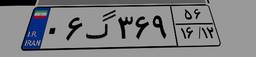
۳۳گ۱۱۳۷۷